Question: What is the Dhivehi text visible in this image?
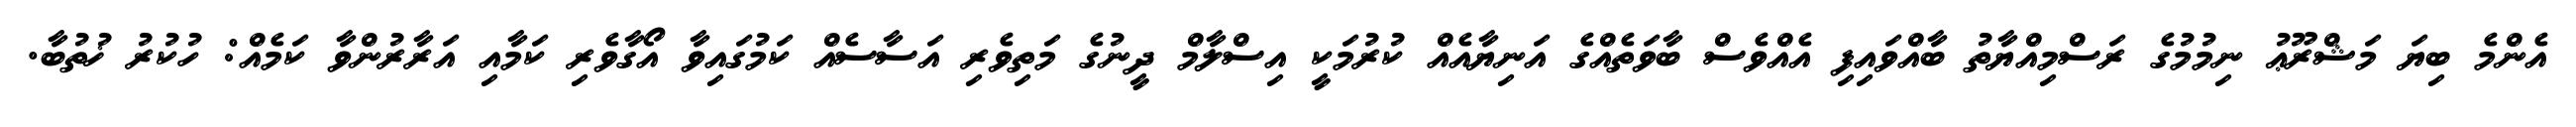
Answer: އެންމެ ބިޔަ މަޝްރޫޢު ނިމުމުގެ ރަސްމިއްޔާތު ބާއްވައިފި އެއްވެސް ބާވަތެއްގެ އަނިޔާއެއް ކުރުމަކީ އިސްލާމް ދީނުގެ މަތިވެރި އަސާސެއް ކަމުގައިވާ އޯގާވެރި ކަމާއި އަރާރުންވާ ކަމެއް: ހުކުރު ޚުތުބާ.